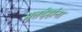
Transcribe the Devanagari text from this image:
मृतदेहांना